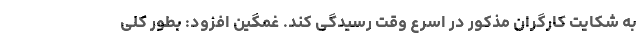
به شکایت کارگران مذکور در اسرع وقت رسیدگی کند. غمگین افزود: بطور کلی